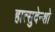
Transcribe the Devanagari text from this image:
हात्सुदेन्शो